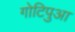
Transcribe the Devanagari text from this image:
गोटिपुआ